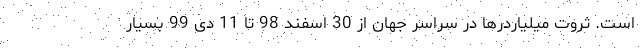
است. ثروت میلیاردرها در سراسر جهان از 30 اسفند 98 تا 11 دی 99 بسیار